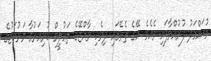
މުޙައްމަދު ފުރުއްވާފައި ވެއެވެ. އޭގެ ތެރޭގައި ދިވެހި ރާއްޖޭގެ ތަޢުލީމް ކުރިއަރުވާ މަރުކަޒުގެ